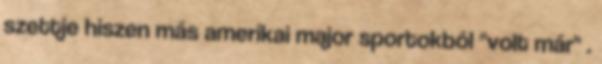
szettje hiszen más amerikai major sportokból "volt már" .